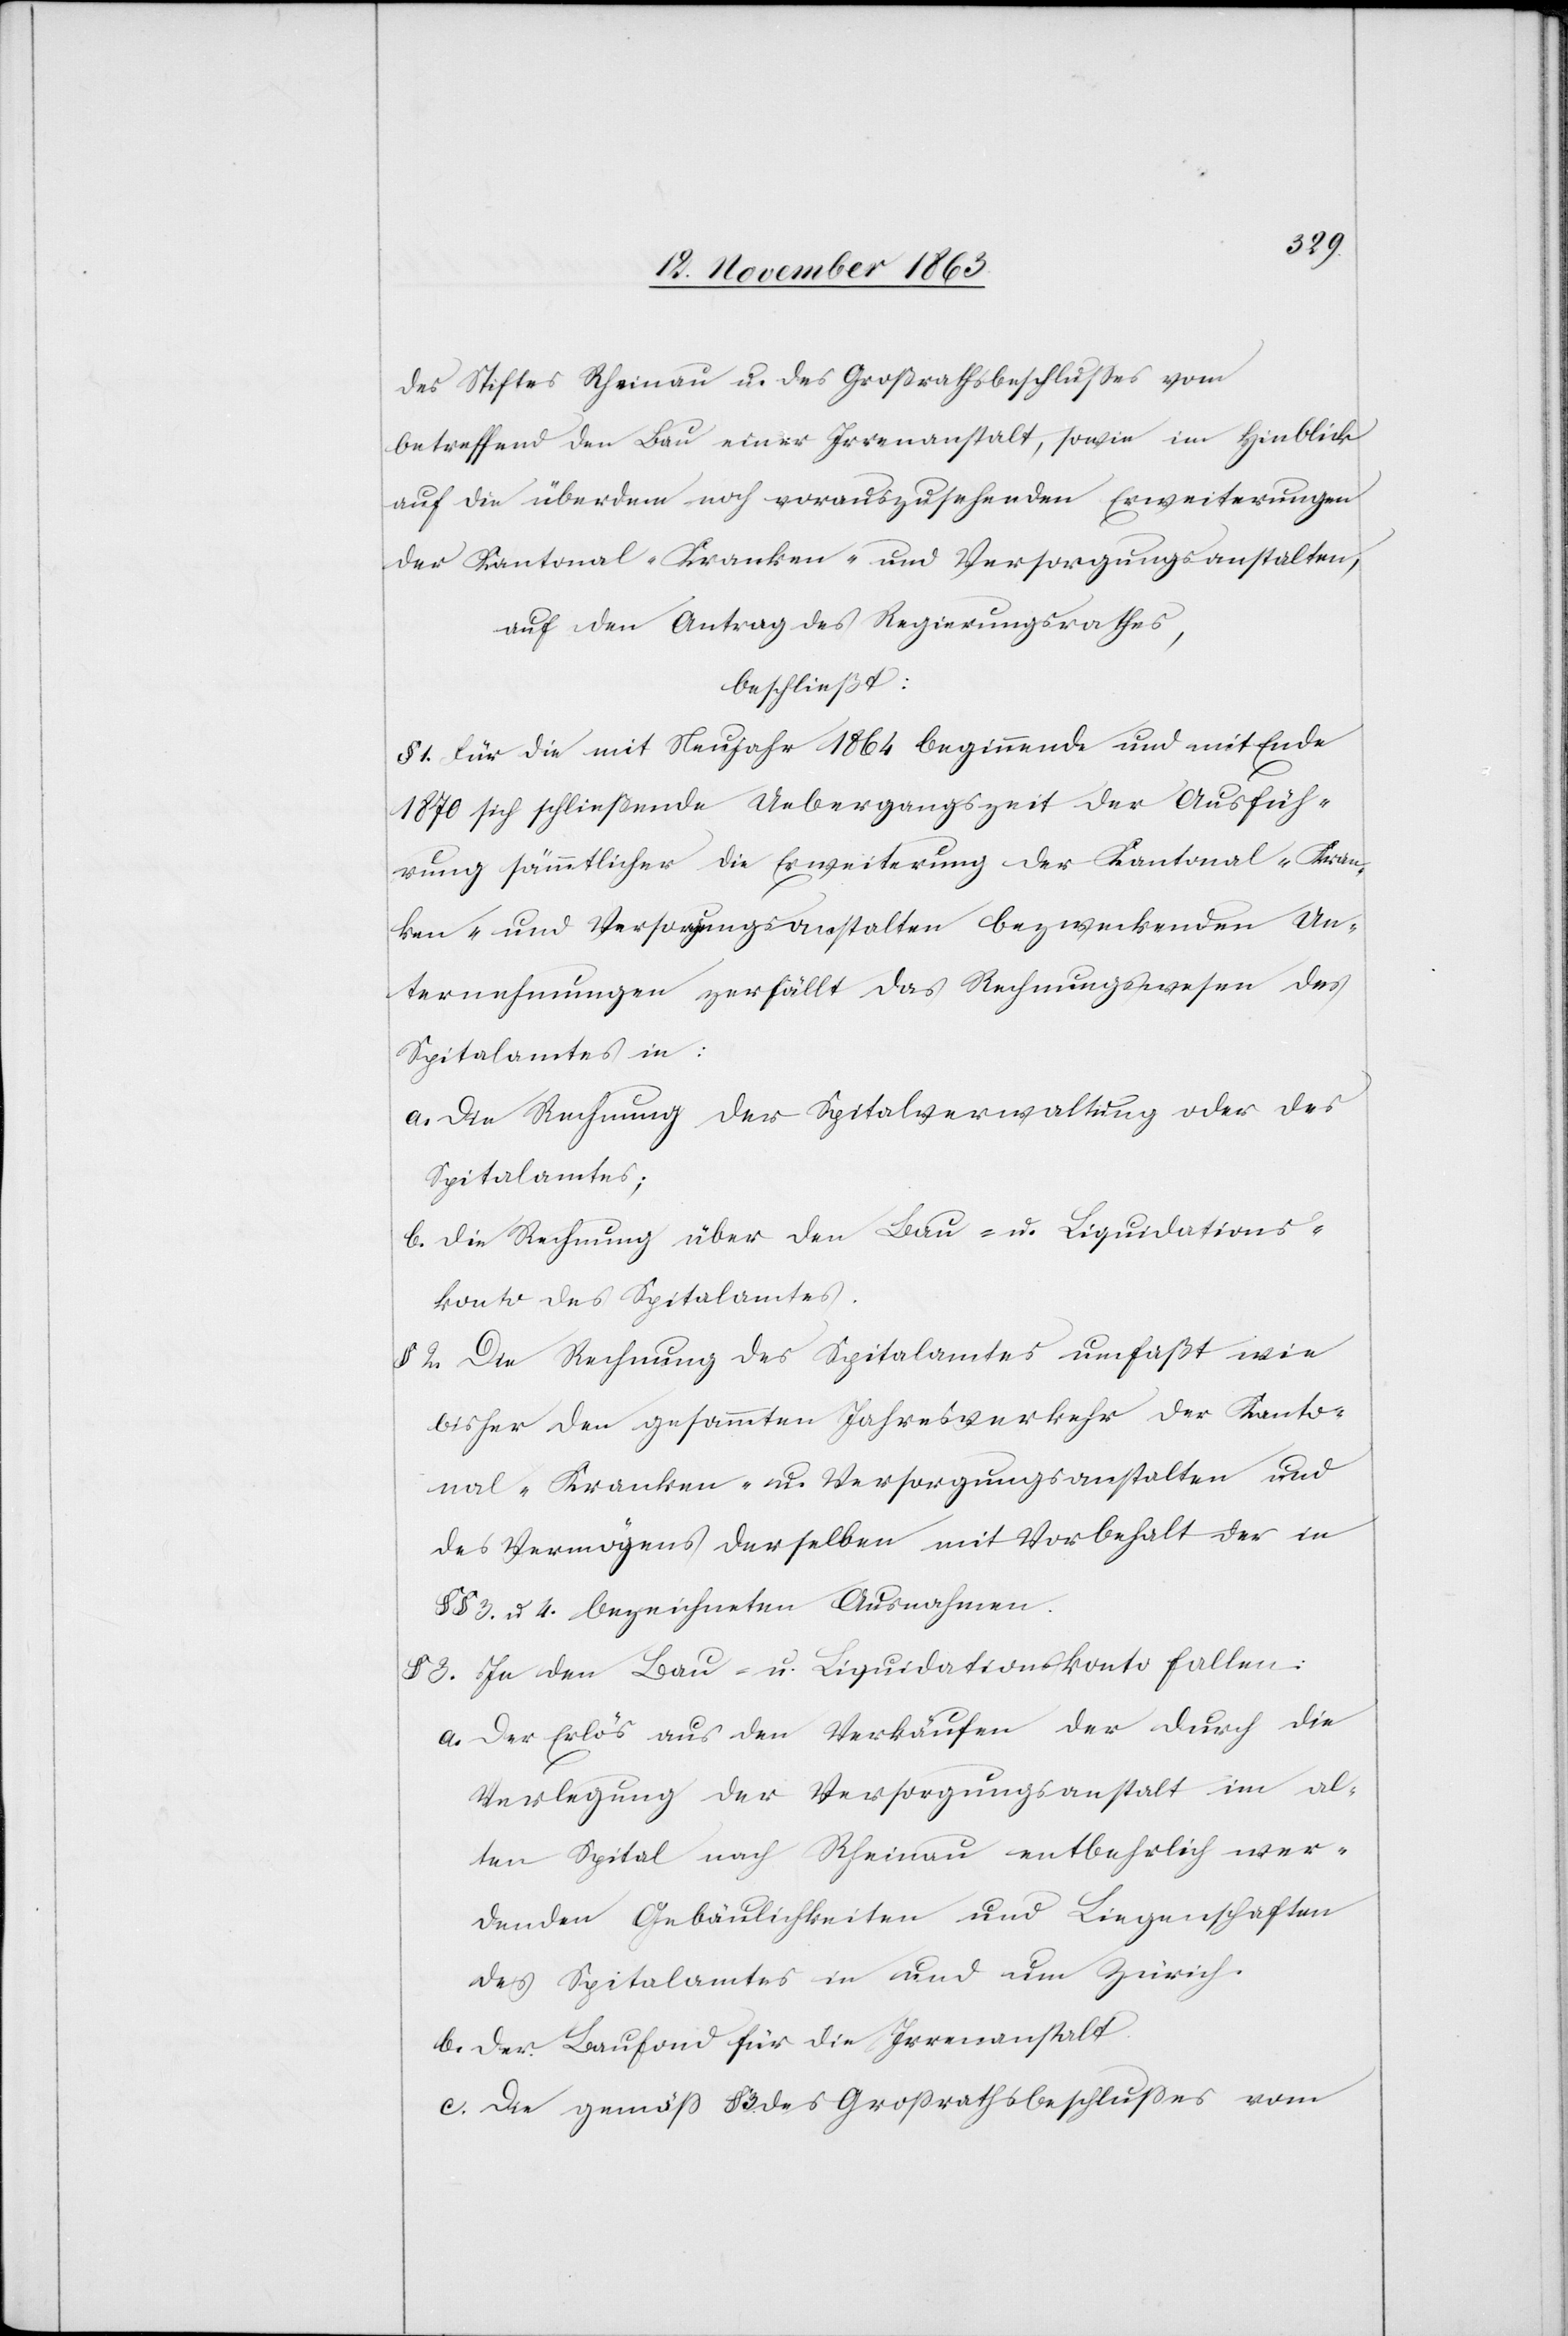
des Stiftes Rheinau u. des Großrathsbeschlusses vom
betreffend den Bau einer Irrenanstalt, sowie im Hinblick
auf die überdem noch vorauszusehenden Erweiterungen
der Kantonal-Kranken- und Versorgungsanstalten,
auf den Antrag des Regierungsrathes,
beschließt:
§ 1. Für die mit Neujahr 1864 beginnende und mit Ende
1870 sich schließende Uebergangszeit der Ausfüh¬
rung sämmtlicher die Erweiterung der Kantonal-Kran¬
ken- und Versorgungsanstalten bezweckenden Un¬
ternehmungen zerfällt das Rechnungswesen des
Spitalamtes in:
a. Die Rechnung der Spitalverwaltung oder des
Spitalamtes;
die Rechnung über die Bau- u. Liquidations¬
b.
konto des Spitalamtes.
§ 2. Die Rechnung des Spitalamtes umfaßt wie
bisher den gesammten Jahresverkehr der Kanto¬
nal-Kranken- u. Versorgungsanstalten und
des Vermögens derselben mit Vorbehalt der in
§§ 3. u. 4. bezeichneten Ausnahmen.
§ 3. In den Bau- u. Liquidationskonto fallen:
a. Der Erlös aus den Verkäufen der durch die
Verlegung der Versorgungsanstalt im al¬
ten Spital nach Rheinau entbehrlich wer¬
denden Gebäulichkeiten und Liegenschaften
des Spitalamtes in und um Zürich.
b. Der Baufond für die Irrenanstalt.
c. Die gemäß § 3. des Grossrathsbeschusses vom